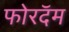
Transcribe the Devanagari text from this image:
फोरदॅम